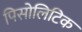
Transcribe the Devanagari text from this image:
पिसोलिटिक